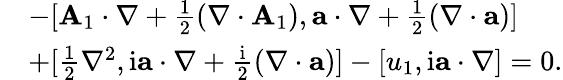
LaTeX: \begin{array}{rl}&{-[\mathbf{A}_{1}\cdot\nabla+\frac{1}{2}(\nabla\cdot\mathbf{A}_{1}),\mathbf{a}\cdot\nabla+\frac{1}{2}(\nabla\cdot\mathbf{a})]}\\ &{+[\frac{1}{2}\nabla^{2},\mathrm{i}\mathbf{a}\cdot\nabla+\frac{\mathrm{i}}{2}(\nabla\cdot\mathbf{a})]-[u_{1},\mathrm{i}\mathbf{a}\cdot\nabla]=0.}\end{array}